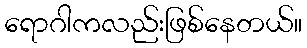
ရောဂါကလည်းဖြစ်နေတယ်။